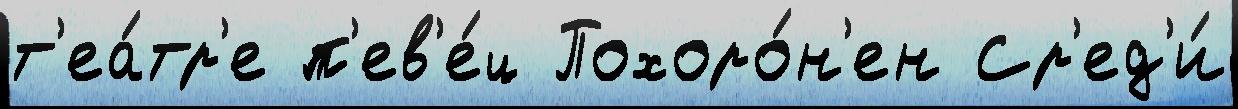
т'еа́тр'е п'ев'е́ц Похоро́н'ен Ср'ед'и́